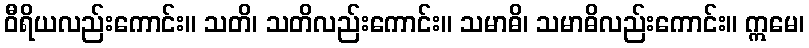
ဝီရိယလည်းကောင်း။ သတိ၊ သတိလည်းကောင်း။ သမာဓိ၊ သမာဓိလည်းကောင်း။ ဣမေ၊